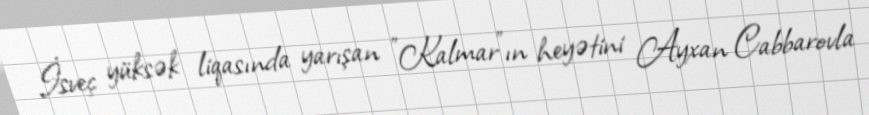
İsveç yüksək liqasında yarışan "Kalmar"ın heyətini Ayxan Cabbarovla